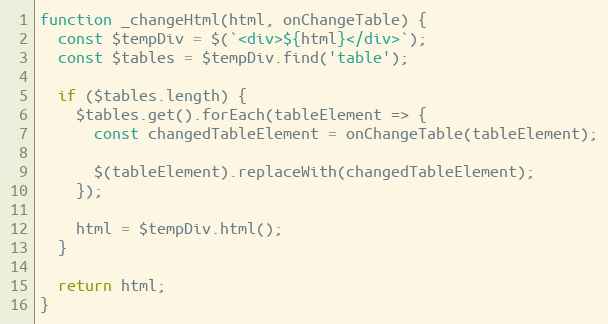
Language: JavaScript
function _changeHtml(html, onChangeTable) {
  const $tempDiv = $(`<div>${html}</div>`);
  const $tables = $tempDiv.find('table');

  if ($tables.length) {
    $tables.get().forEach(tableElement => {
      const changedTableElement = onChangeTable(tableElement);

      $(tableElement).replaceWith(changedTableElement);
    });

    html = $tempDiv.html();
  }

  return html;
}